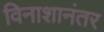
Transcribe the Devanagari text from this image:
विनाशानंतर